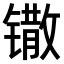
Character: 𫔌